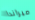
ميراندا